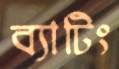
ব্যাটিং